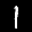
Label: 1